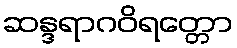
ဆန္ဒရာဂဝိရတ္တော